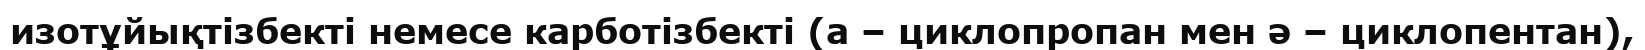
изотұйықтізбекті немесе карботізбекті (а – циклопропан мен ә – циклопентан),